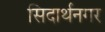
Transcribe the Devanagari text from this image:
सिदार्थनगर